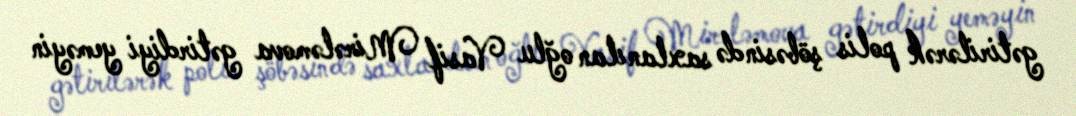
gətirilərək polis şöbəsində saxlanılan oğlu Vasif Mirələmova gətirdiyi yeməyin